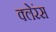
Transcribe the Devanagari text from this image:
क्लेरंस